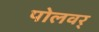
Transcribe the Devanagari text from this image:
पोलवर्